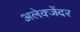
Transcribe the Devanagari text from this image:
अलेक्जेंदर